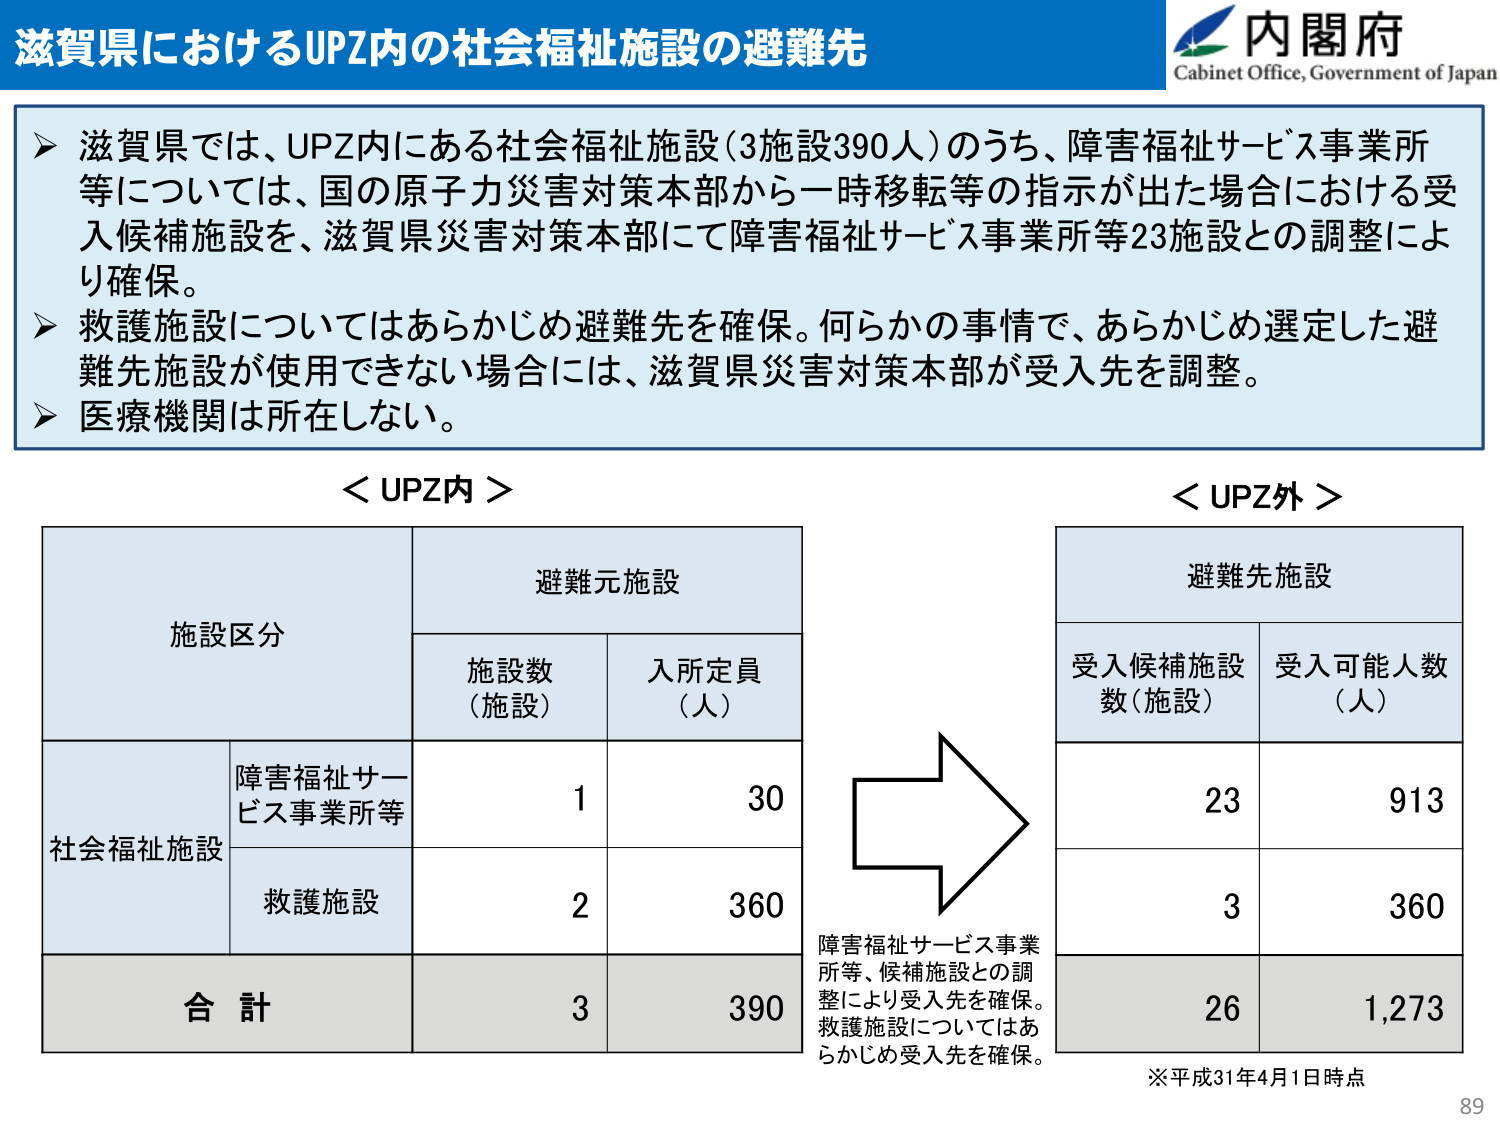
滋賀県におけるUPZ内の社会福祉施設の避難先

内閣府
Cabinet Office, Government of Japan

▶ 滋賀県では、UPZ内にある社会福祉施設（3施設390人）のうち、障害福祉サービス事業所等については、国の原子力災害対策本部から一時移転等の指示が出た場合における受入候補施設を、滋賀県災害対策本部にて障害福祉サービス事業所等23施設との調整により確保。
▶ 救護施設についてはあらかじめ避難先を確保。何らかの事情で、あらかじめ選定した避難先施設が使用できない場合には、滋賀県災害対策本部が受入先を調整。
▶ 医療機関は所在しない。

＜UPZ内＞

施設区分　　　　　　　　　　　　　　　避難元施設
　　　　　　　　　　　　　　　施設数（施設）　入所定員（人）
社会福祉施設　　　　　　　障害福祉サービス事業所等　　　1　　　　30
　　　　　　　　　　　　　救護施設　　　　　　　　　　　2　　　　360
合計　　　　　　　　　　　　　　　　　　　　　　　　　　3　　　　390

＜UPZ外＞

避難先施設
受入候補施設数（施設）　受入可能人数（人）
　　　　　　　　　　　　　　　　　　　　　　　　　　　　23　　　　913
　　　　　　　　　　　　　　　　　　　　　　　　　　　　3　　　　360
　　　　　　　　　　　　　　　　　　　　　　　　　　　　26　　　　1,273

障害福祉サービス事業所等、候補施設との調整により受入先を確保。救護施設についてはあらかじめ受入先を確保。

※平成31年4月1日時点

89